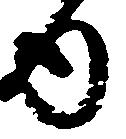
ゆ